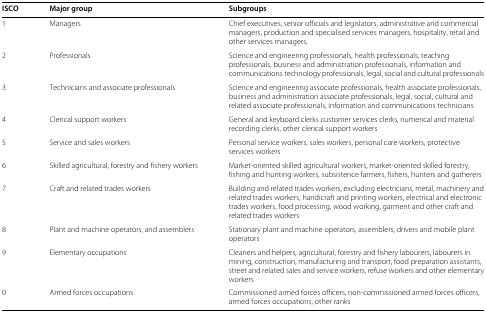
| ISCO | Major group | Subgroups |
 | --- | --- | --- |
 | 1 | Managers | Chief executives, senior officials and legislators, administrative and commercial managers, production and specialised services managers, hospitality, retail and other services managers, |
 | 2 | Professionals | Science and engineering professionals, health professionals, teaching professionals, business and administration professionals, information and communications technology professionals, legal, social and cultural professionals |
 | 3 | Technicians and associate professionals | Science and engineering associate professionals, health associate professionals, business and administration associate professionals, legal, social, cultural and related associate professionals, information and communications technicians |
 | 4 | Clerical support workers | General and keyboard clerks customer services clerks, numerical and material recording clerks, other clerical support workers |
 | 5 | Service and sales workers | Personal service workers, sales workers, personal care workers, protective services workers |
 | 6 | Skilled agricultural, forestry and fishery workers | Market-oriented skilled agricultural workers, market-oriented skilled forestry, fishing and hunting workers, subsistence farmers, fishers, hunters and gatherers |
 | 7 | Craft and related trades workers | Building and related trades workers, excluding electricians, metal, machinery and related trades workers, handicraft and printing workers, electrical and electronic trades workers, food processing, wood working, garment and other craft and related trades workers |
 | 8 | Plant and machine operators, and assemblers | Stationary plant and machine operators, assemblers, drivers and mobile plant operators |
 | 9 | Elementary occupations | Cleaners and helpers, agricultural, forestry and fishery labourers, labourers in mining, construction, manufacturing and transport, food preparation assistants, street and related sales and service workers, refuse workers and other elementary workers |
 | 0 | Armed forces occupations | Commissioned armed forces officers, non-commissioned armed forces officers, armed forces occupations, other ranks |